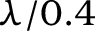
\lambda / 0 . 4